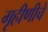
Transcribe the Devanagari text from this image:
गृहीणीचे